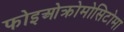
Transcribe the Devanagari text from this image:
फोइओक्रोमोसिटोमा